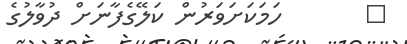
٧       ހަމަކަށަވަރުން ކަލޭގެފާނަށް ދުވާލުގެ